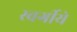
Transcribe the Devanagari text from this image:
स्वर्गीये